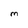
Character: m